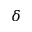
\delta